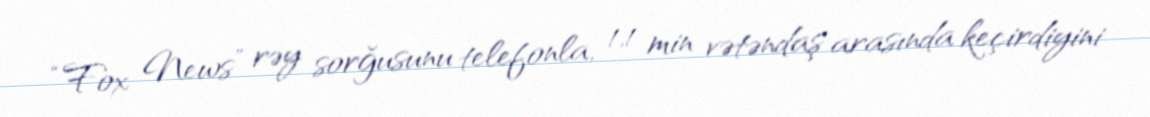
“Fox News” rəy sorğusunu telefonla, 1,1 min vətəndaş arasında keçirdiyini